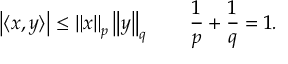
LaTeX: \left| \langle x , y \rangle \right| \leq \left\| x \right\| _ { p } \left\| y \right\| _ { q } \qquad { \frac { 1 } { p } } + { \frac { 1 } { q } } = 1 .